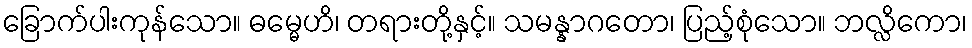
ခြောက်ပါးကုန်သော။ ဓမ္မေဟိ၊ တရားတို့နှင့်။ သမန္နာဂတော၊ ပြည့်စုံသော။ ဘလ္လိကော၊